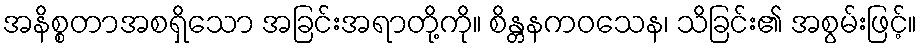
အနိစ္စတာအစရှိသော အခြင်းအရာတို့ကို။ စိန္တနကဝသေန၊ သိခြင်း၏ အစွမ်းဖြင့်။